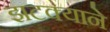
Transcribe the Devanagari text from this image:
झटक्‍याने